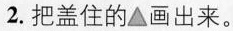
2.把盖住的▲画出来。